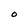
Character: O